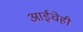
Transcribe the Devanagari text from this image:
आईचेही